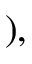
) ,